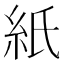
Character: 紙